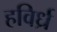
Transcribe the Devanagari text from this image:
हविर्ध्र